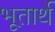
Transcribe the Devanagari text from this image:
भूतार्थे